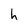
Character: h